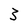
Character: 3